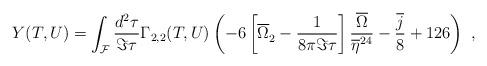
LaTeX: \begin{align*}Y(T,U) = \int_{\cal F}\frac{d^2\tau}{\Im \tau} \Gamma_{2,2}(T,U) \left(-6\left[{\overline{\Omega }}_2^{\phantom 2}- \frac{1}{8\pi \Im\tau}\right]\frac{\overline{\Omega}}{\overline{\eta}^{24}}- \frac{\overline{j}}{8}+126\right)\ ,\end{align*}